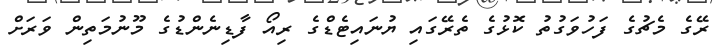
ރޭގެ މެޗުގެ ފަހުވަގުތު ކޮޅުގެ ތެރޭގައި ޔުނައިޓެޑްގެ ރިއޯ ފާޑިނެންޑުގެ މޫނުމަތިން ވަރަށް